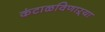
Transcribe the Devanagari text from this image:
कंटाळविणाऱ्या